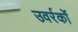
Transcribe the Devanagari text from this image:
उवर्रकों